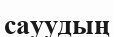
сауудың